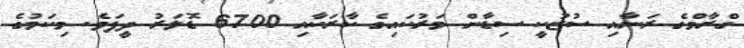
ގްރާމްގެ ރަނާއި ސުޒުކީ ސިޑާން މަރުކައިގެ ކާރަކާއި 6700 ޑޮލަރު ދީފަވެ. މިކަމުގެ